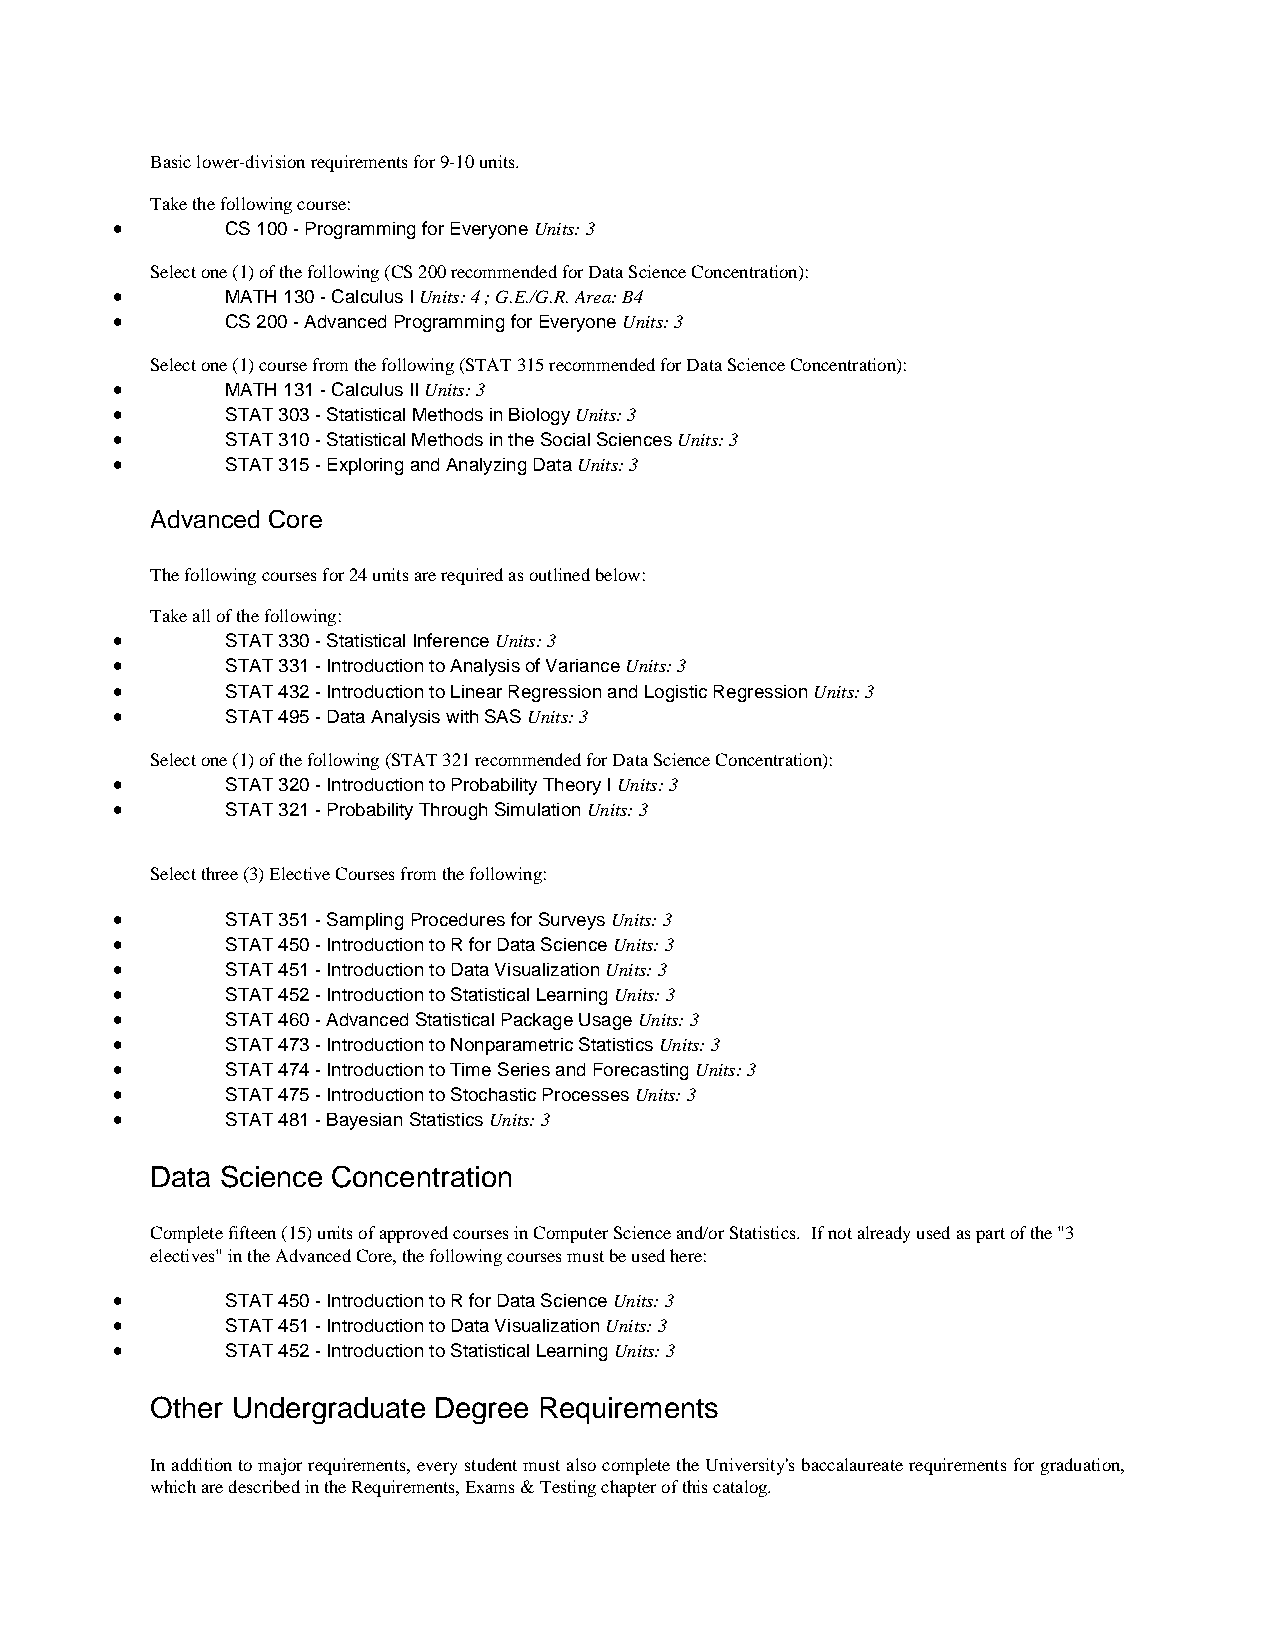
Basic lower-division requirements for 9-10 units.
 Take the following course:
 •       CS 100 - Programming for Everyone Units: 3
 Select one (1) of the following (CS 200 recommended for Data Science Concentration):
 •       MATH 130 - Calculus I Units: 4 ; G.E./G.R. Area: B4
 •       CS 200 - Advanced Programming for Everyone Units: 3
 Select one (1) course from the following (STAT 315 recommended for Data Science Concentration):
 •       MATH 131 - Calculus II Units: 3
 •       STAT 303 - Statistical Methods in Biology Units: 3
 •       STAT 310 - Statistical Methods in the Social Sciences Units: 3
 •       STAT 315 - Exploring and Analyzing Data Units: 3
 Advanced Core
 The following courses for 24 units are required as outlined below:
 Take all of the following:
 •       STAT 330 - Statistical Inference Units: 3
 •       STAT 331 - Introduction to Analysis of Variance Units: 3
 •       STAT 432 - Introduction to Linear Regression and Logistic Regression Units: 3
 •       STAT 495 - Data Analysis with SAS Units: 3
 Select one (1) of the following (STAT 321 recommended for Data Science Concentration):
 •       STAT 320 - Introduction to Probability Theory I Units: 3
 •       STAT 321 - Probability Through Simulation Units: 3
 Select three (3) Elective Courses from the following:
 •       STAT 351 - Sampling Procedures for Surveys Units: 3
 •       STAT 450 - Introduction to R for Data Science Units: 3
 •       STAT 451 - Introduction to Data Visualization Units: 3
 •       STAT 452 - Introduction to Statistical Learning Units: 3
 •       STAT 460 - Advanced Statistical Package Usage Units: 3
 •       STAT 473 - Introduction to Nonparametric Statistics Units: 3
 •       STAT 474 - Introduction to Time Series and Forecasting Units: 3
 •       STAT 475 - Introduction to Stochastic Processes Units: 3
 •       STAT 481 - Bayesian Statistics Units: 3
 Data Science Concentration
 Complete fifteen (15) units of approved courses in Computer Science and/or Statistics. If not already used as part of the "3
 electives" in the Advanced Core, the following courses must be used here:
 •       STAT 450 - Introduction to R for Data Science Units: 3
 •       STAT 451 - Introduction to Data Visualization Units: 3
 •       STAT 452 - Introduction to Statistical Learning Units: 3
 Other Undergraduate Degree Requirements
 In addition to major requirements, every student must also complete the University's baccalaureate requirements for graduation,
 which are described in the Requirements, Exams & Testing chapter of this catalog.